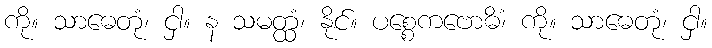
ကို။ သာဓေတုံ၊ ငှါ။ န သမတ္ထံ၊ နိုင်။ ပစ္စေကဗောဓိံ၊ ကို။ သာဓေတုံ၊ ငှါ။